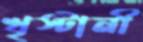
খৃস্টানী